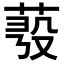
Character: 𦲗